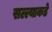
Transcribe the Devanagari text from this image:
सल्ल्याकडे